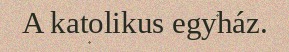
A katolikus egyház.